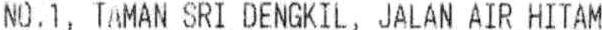
NO.1, TAMAN SRI DENGKIL, JALAN AIR HITAM